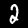
Label: 2